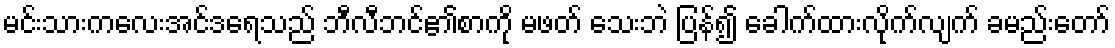
မင်းသားကလေးအင်ဒရေသည် ဘီလီဘင်၏စာကို မဖတ် သေးဘဲ ပြန်၍ ခေါက်ထားလိုက်လျက် ခမည်းတော်